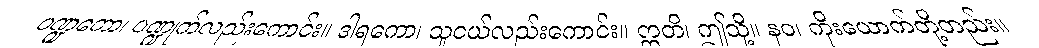
ပဏ္ဍကော၊ ပဏ္ဍုက်လည်းကောင်း။ ဒါရကော၊ သူငယ်လည်းကောင်း။ ဣတိ၊ ဤသို့။ နဝ၊ ကိုးယောက်တို့တည်း။